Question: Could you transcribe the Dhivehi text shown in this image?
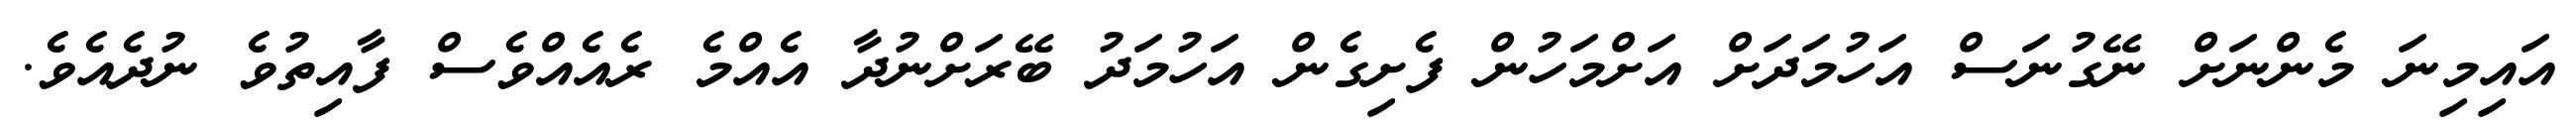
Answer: އައިމިނަ މެންނަށް ނޭގުނަސް އަހުމަދަށް އަށްމަހުން ފެށިގެން އަހުމަދު ބޭރަށްނުދާ އެއްމެ ރެއެއްވެސް ފާއިތުވެ ނުދެއެވެ.